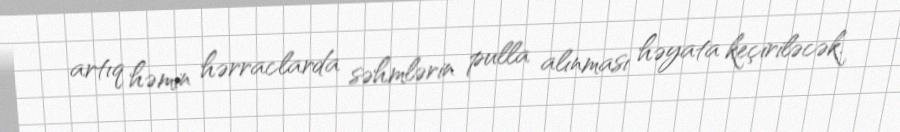
artıq həmin hərraclarda səhmlərin pulla alınması həyata keçiriləcək.